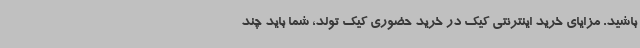
باشید. مزایای خرید اینترنتی کیک در خرید حضوری کیک تولد، شما باید چند